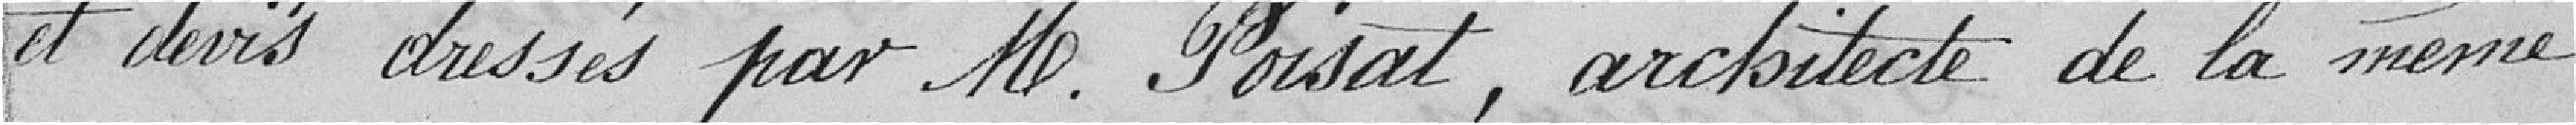
et devis dressés par M. Poisat, architecte de la même